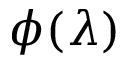
\phi ( \lambda )